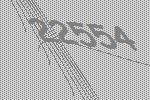
22554